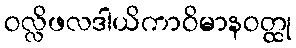
ဝလ္လိဖလဒါယိကာဝိမာနဝတ္ထု